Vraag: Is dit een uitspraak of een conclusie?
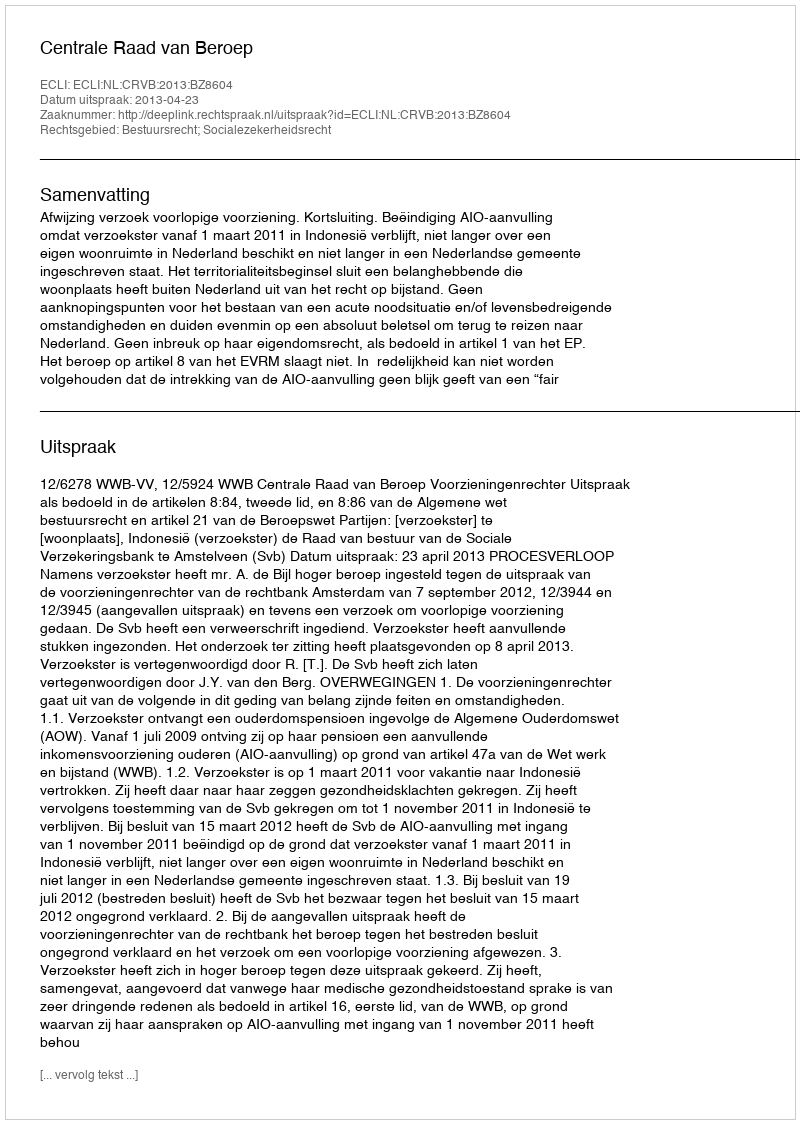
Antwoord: Uitspraak